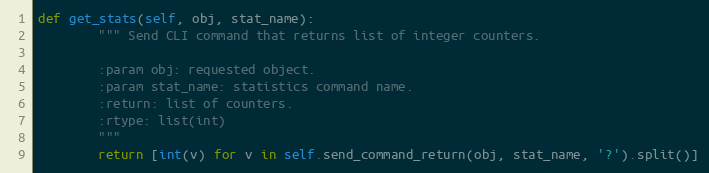
Language: Python
def get_stats(self, obj, stat_name):
        """ Send CLI command that returns list of integer counters.

        :param obj: requested object.
        :param stat_name: statistics command name.
        :return: list of counters.
        :rtype: list(int)
        """
        return [int(v) for v in self.send_command_return(obj, stat_name, '?').split()]